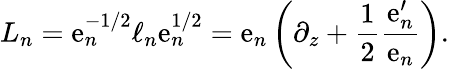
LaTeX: L_{n}=\mathrm{e}_{n}^{-1/2}\ell_{n}\mathrm{e}_{n}^{1/2}=\mathrm{e}_{n}\left(\partial_{z}+{\frac{{1}}{{2}}}{\frac{{\mathrm{e}_{n}^{\prime}}}{{\mathrm{e}_{n}}}}\right).